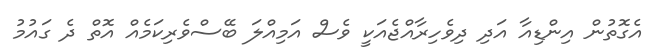
އެގޮތުން އިންޑިއާ އަދި ދިވެހިރާއްޖެއަކީ ވެސް އަމިއްލަ ބޭސްވެރިކަމެއް އޮތް ދެ ގައުމު